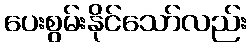
ပေးစွမ်းနိုင်သော်လည်း